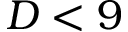
D < 9